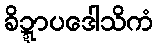
ခိဍ္ဍာပဒေါသိကံ